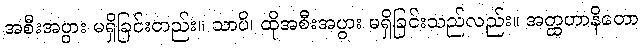
အစီးအပွား မရှိခြင်းတည်း။ သာပိ၊ ထိုအစီးအပွား မရှိခြင်းသည်လည်း။ အတ္ထဟာနိတော